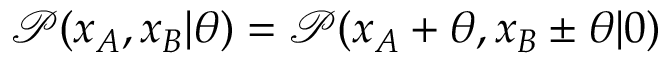
\mathcal { P } ( x _ { A } , x _ { B } | \theta ) = \mathcal { P } ( x _ { A } + \theta , x _ { B } \pm \theta | 0 )